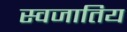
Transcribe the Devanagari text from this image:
स्वजातिय